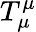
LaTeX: T_{\mu}^{\mu}